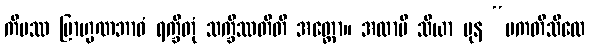
ကိမဿ ဗြာဟ္မဏဘာဝံ ရက္ခိတုံ သက္ခိဿတီတိ အတ္ထော။ အထာပိ သိယာ ပုန “ပကတိသီလေ